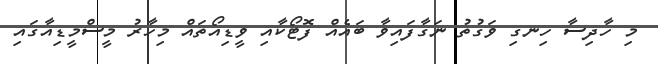
މި ހާދިސާ ހިނގި ވަގުތު ނަގާފައިވާ ބައެއް ފޮޓޯކާއި ވީޑިއޯތައް މިހާރު މީސްމީޑިއާގައި